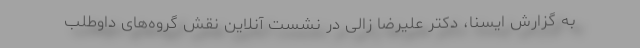
به گزارش ایسنا، دکتر علیرضا زالی در نشست آنلاین نقش گروه‌های داوطلب